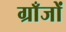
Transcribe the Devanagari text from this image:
ग्राँजों